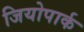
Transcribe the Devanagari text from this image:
जियोपार्क